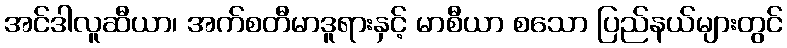
အင်ဒါလူဆီယာ၊ အက်စတီမာဒူရားနှင့် မာစီယာ စသော ပြည်နယ်များတွင်